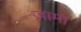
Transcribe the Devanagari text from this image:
ज़ामा